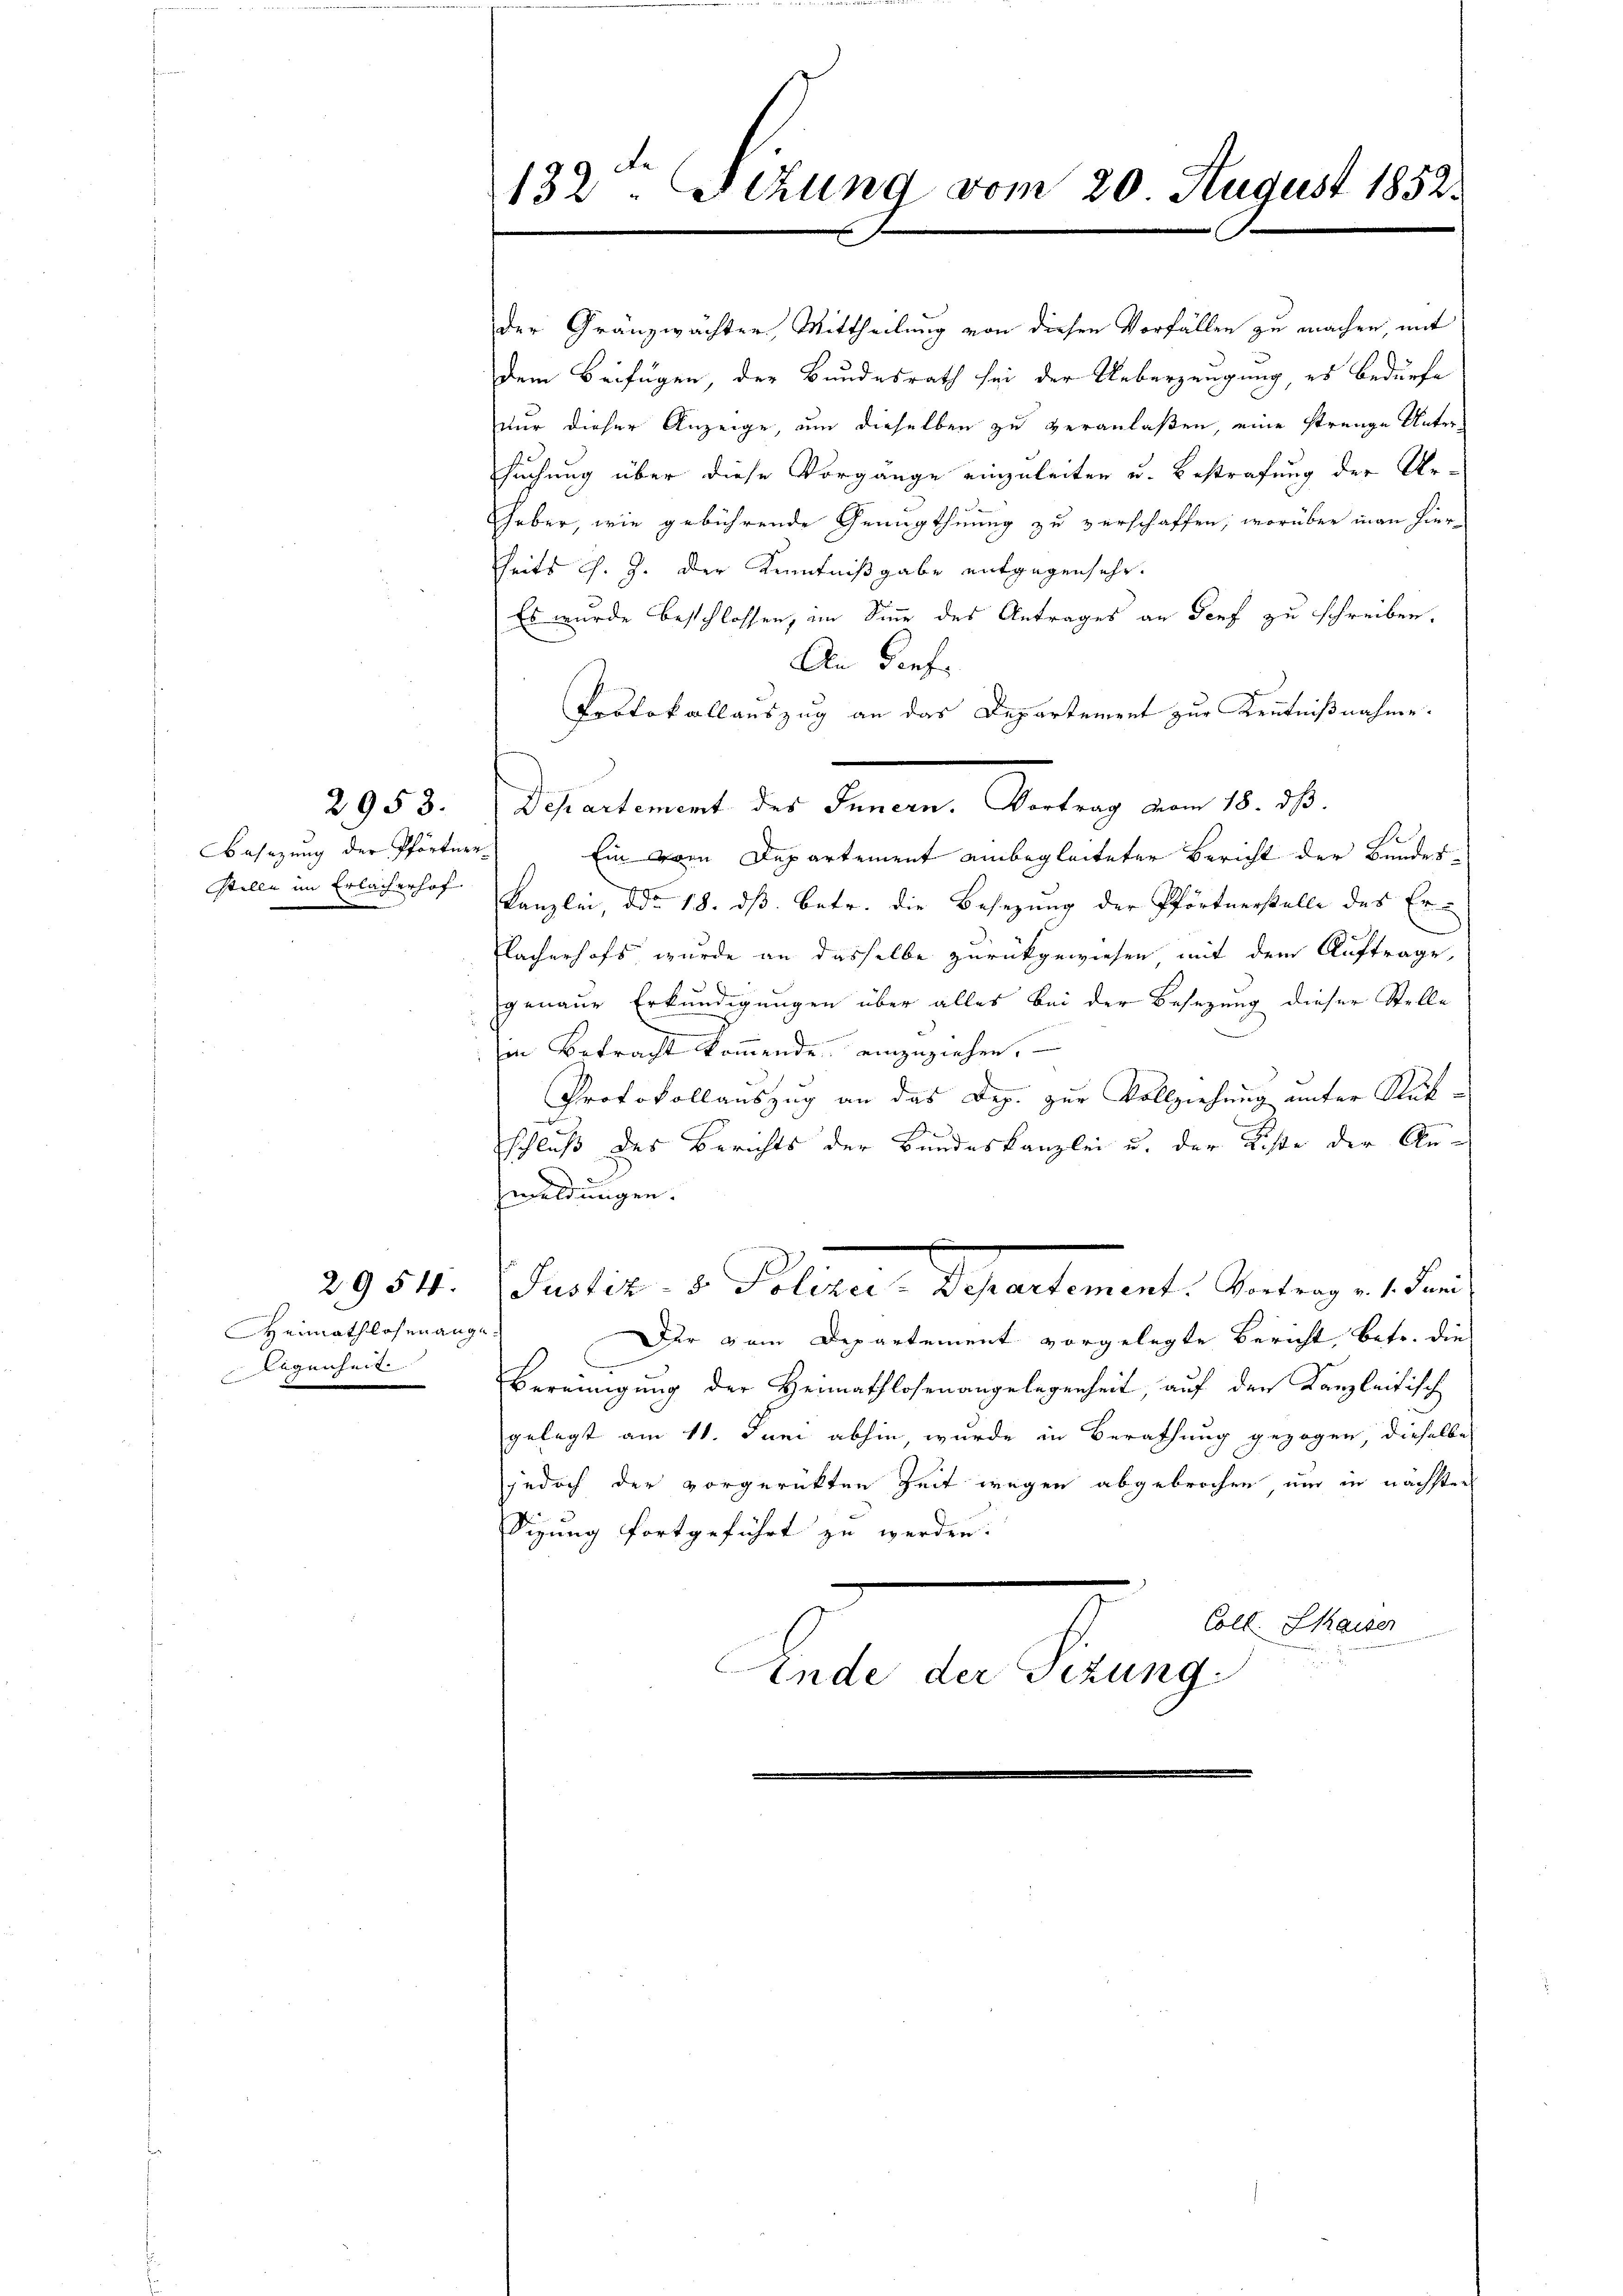
Besizung der Pförtnerstelle im Erlacherhof

2953.

2954
Heimathlohen ange
Legenheit

132. Sitzung vom 20. August 18523

der Gränzwächter Mittheilung von diesen Vorfällen zu machen, mit
dem Beifügen, der Bundesrath sei der Ueberzeugung, es bedürfe
nur dieser Anzeige, um dieselben zu veranlaßen, eine strenge Untersuchung über diese Vorgange einzuleiten u. Bestrafung der Urheber, wie gebührende Genugthuung zu verschaffen, worüber man hierheits G. J. der Kenntnißgabe entgegen sehr
Es wurde beschlossen, im Sinne des Antrages an Dorf zu schreiben.
An Seefe
Protokollauszug an das Departement zur Kenntnißnahme.
R
Ein vom Departement einbegleiteter Bericht der Bundes-
Kanzlei, ddo 18. ds. betr. die Besetzung der Pförtnerstelle des Erlacherhofs wurde an dasselbe zurückgewiesen mit dem Auftrage,
genaue Erkundigungen über alles bei der Besetzung dieser Stelle
in Betracht kommende einzuziehen.
Protokollauszug an das Dep. zur Vollziehung unter Rükde
schluß des Berichts der Bundeskanzlei u. der Liste der An-
meldungen.
Jucker v. Plater, Departement. Interges der
Der vom Departement vorgelegte Bericht, betr. die
Bereinigung der Heimathlosenangelegenheit, auf den Kanzleitisch
gelegt am 11. Juni abhin, wurde in Berathung gezogen, dieselbe
jedoch der vorgerükten Zeit wegen abgebrochen, um in nächsten
Sigung fortgeführt zu werden.
Coll. Kaiser
Aende der Sizung.

Departement des Innern. Vortrag vom 18. dβ.